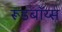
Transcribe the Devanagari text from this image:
रूडबॉय्स